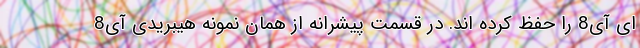
ای آی8 را حفظ کرده اند. در قسمت پیشرانه از همان نمونه هیبریدی آی8